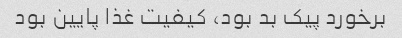
برخورد پیک بد بود، کیفیت غذا پایین بود